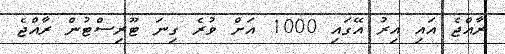
ރާއްޖެ އައި އިރު އޭގައި 1000 އަށް ވުރެ ގިނަ ޓޫރިސްޓުން ރާއްޖެ